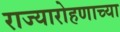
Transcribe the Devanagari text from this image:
राज्यारोहणाच्या